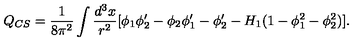
Q _ { C S } = \frac { 1 } { 8 \pi ^ { 2 } } \int \frac { d ^ { 3 } x } { r ^ { 2 } } [ \phi _ { 1 } \phi _ { 2 } ^ { \prime } - \phi _ { 2 } \phi _ { 1 } ^ { \prime } - \phi _ { 2 } ^ { \prime } - H _ { 1 } ( 1 - \phi _ { 1 } ^ { 2 } - \phi _ { 2 } ^ { 2 } ) ] .